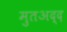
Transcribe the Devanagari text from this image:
मुतअद्द